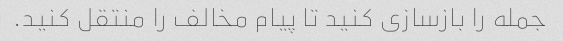
جمله را بازسازی کنید تا پیام مخالف را منتقل کنید.